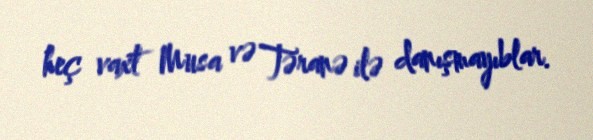
heç vaxt Musa və Təranə ilə danışmayıblar.